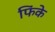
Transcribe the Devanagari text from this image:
फिंके